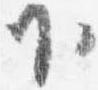
下